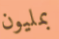
بمليون